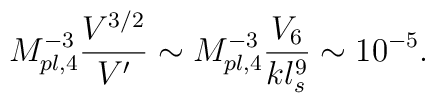
M_{pl,4}^{-3} \frac{V^{3/2}}{V'} \sim M_{pl,4}^{-3} \frac{V_6}{kl_s^9} \sim 10^{-5}.